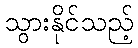
သွားနိုင်သည့်